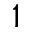
\mathfrak { 1 }